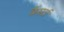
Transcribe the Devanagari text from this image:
कैसर्टा